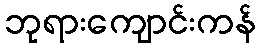
ဘုရားကျောင်းကန်